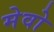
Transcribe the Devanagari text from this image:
मेवो